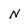
Character: n